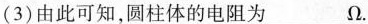
(3)由此可知，圆柱体的电阻为___Ω。